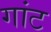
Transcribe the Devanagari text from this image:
गांट